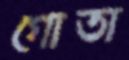
গোতা